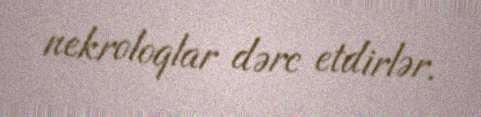
nekroloqlar dərc etdirlər.